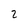
Character: 2